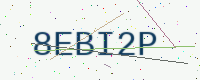
Text: 8EBI2P